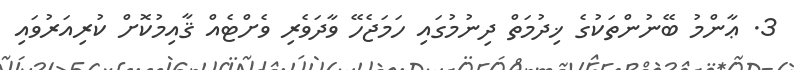
3. ޢާންމު ބޭނުންތަކުގެ ޚިދުމަތް ދިނުމުގައި ހަމަޖެހޭ ވާދަވެރި ވެށްޓެއް ޤާއިމުކޮށް ކުރިއަރުވައި